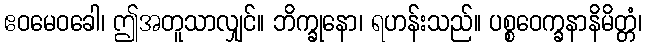
ဧဝမေဝခေါ၊ ဤအတူသာလျှင်။ ဘိက္ခုနော၊ ရဟန်းသည်။ ပစ္စဝေက္ခနာနိမိတ္တံ၊